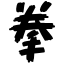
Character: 拳